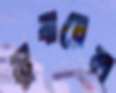
সুবায়েল